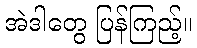
အဲဒါတွေ ပြန်ကြည့်။